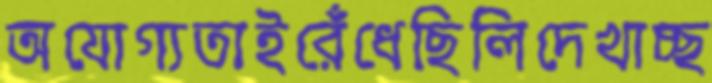
অযোগ্যতাইরেঁধেছিলিদেখাচ্ছ